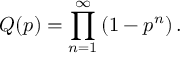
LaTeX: Q ( p ) = \prod _ { n = 1 } ^ { \infty } \left( 1 - p ^ { n } \right) .